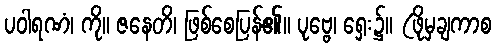
ပဝါရဏံ၊ ကို။ ဇနေတိ၊ ဖြစ်စေပြန်၏။ ပုဗ္ဗေ၊ ရှေး၌။ (ဖိုမှချကာစ